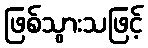
ဖြစ်သွားသဖြင့်